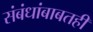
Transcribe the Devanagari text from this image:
संबंधांबाबतही